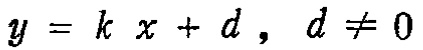
\(y = k x + d , \ d\neq 0\)